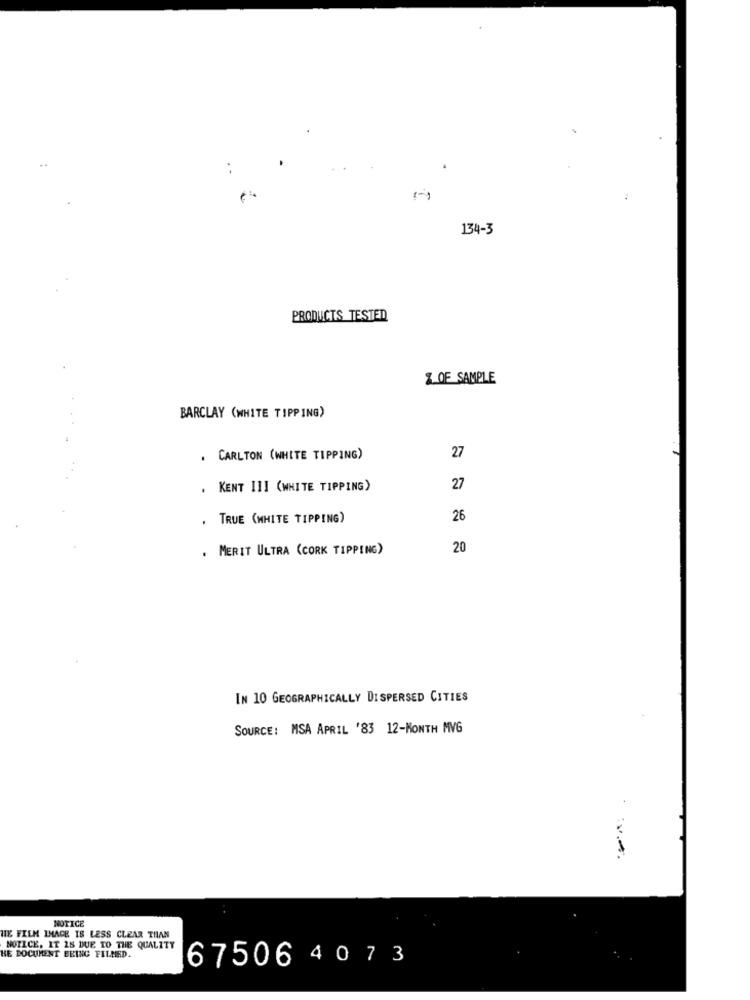
134-3
PRODUCTS TESTED
Z OF SAMPLE
BARCLAY (WHITE TIPPING)
. CARLTON (WHITE TIPPING)
27
. KENT III (WHITE TIPPING)
27
. TRUE (WHITE TIPPING)
26
. MERIT ULTRA (CORK TIPPING)
20
IN 10 GEOGRAPHICALLY DISPERSED CITIES
SOURCE: MSA APRIL '83 12-MONTH MVG
NOTICE
HE FILM IMAGE IS LESS CLEAR THAN
NOTICE, IT 28 DUE TO THE QUALITY
HE DOCUMENT BEING FILMED.
67506 4073